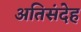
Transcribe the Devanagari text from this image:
अतिसंदेह